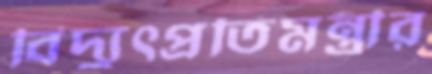
বিদ্যুৎপ্রতিমন্ত্রীর